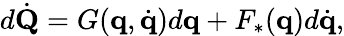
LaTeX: d{\dot{\mathbf{Q}}}=G(\mathbf{q},{\dot{\mathbf{q}}})d\mathbf{q}+F_{*}(\mathbf{q})d{\dot{\mathbf{q}}},